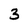
Character: 3